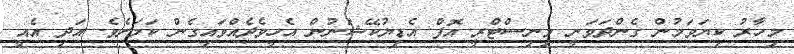
މިހާރު ކިޔަވަމުން ގެންދަވަނީ މިނިސްޓްރީ އޮފް އެޑިޔުކޭޝަނުން އެހީވެދެއްވައިގެން ކަމަށެވެ. އަދި އެއީ